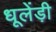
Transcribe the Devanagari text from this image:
धूलेंड़ी